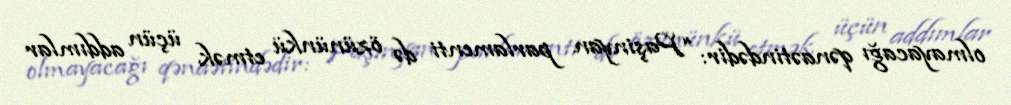
olmayacağı qənaətindədir: “Paşinyan parlamenti də özününkü etmək üçün addımlar